Treatise on elephants
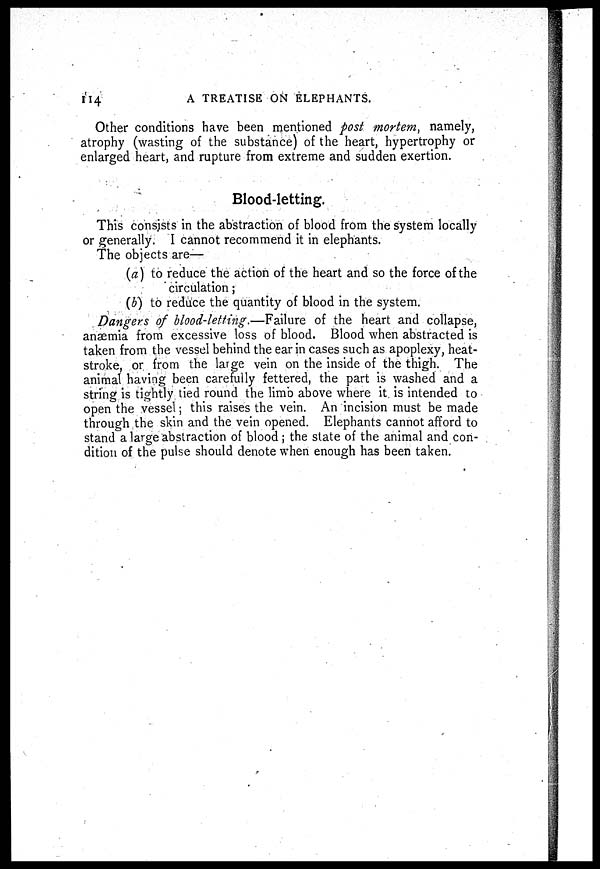
114
A TREATISE ON ELEPHANTS.
Other conditions have been mentioned post mortem, namely,
atrophy (wasting of the substance) of the heart, hypertrophy or
enlarged heart, and rupture from extreme and sudden exertion.
Blood-letting.
This consists in the abstraction of blood from the system locally
or generally. I cannot recommend it in elephants.
The objects are—
(a) to reduce the action of the heart and so the force of the
circulation ;
(b) to reduce the quantity of blood in the system.
Dangers of blood-letting.—Failure of the heart and collapse,
anaemia from excessive loss of blood. Blood when abstracted is
taken from the vessel behind the ear in cases such as apoplexy, heat-
stroke, or from the large vein on the inside of the thigh. The
animal having been carefully fettered, the part is washed and a
string is tightly tied round the limb above where it is intended to
open the vessel; this raises the vein. An incision must be made
through the skin and the vein opened. Elephants cannot afford to
stand a large abstraction of blood; the state of the animal and con-
dition of the pulse should denote when enough has been taken.